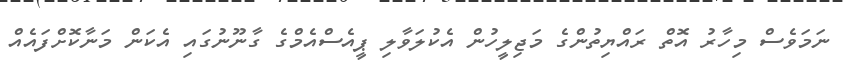
ނަމަވެސް މިހާރު އޮތް ރައްޔިތުންގެ މަޖިލީހުން އެކުލަވާލި ޕީއެސްއެމްގެ ގާނޫނުގައި އެކަން މަނާކޮށްފައެއް